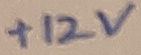
Text: +12V